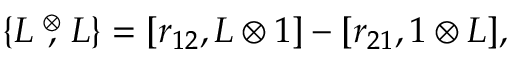
\{ L \stackrel { \otimes } { , } L \} = [ r _ { 1 2 } , L \otimes 1 ] - [ r _ { 2 1 } , 1 \otimes L ] ,